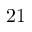
2 1